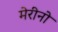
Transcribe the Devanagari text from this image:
मेरीनो